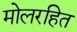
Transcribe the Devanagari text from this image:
मोलरहित